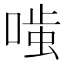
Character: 𭉤